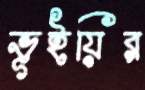
ভূইয়ির